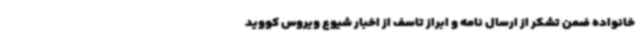
خانواده ضمن تشکر از ارسال نامه و ابراز تاسف از اخبار شیوع ویروس کووید